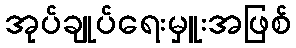
အုပ်ချုပ်ရေးမှူးအဖြစ်